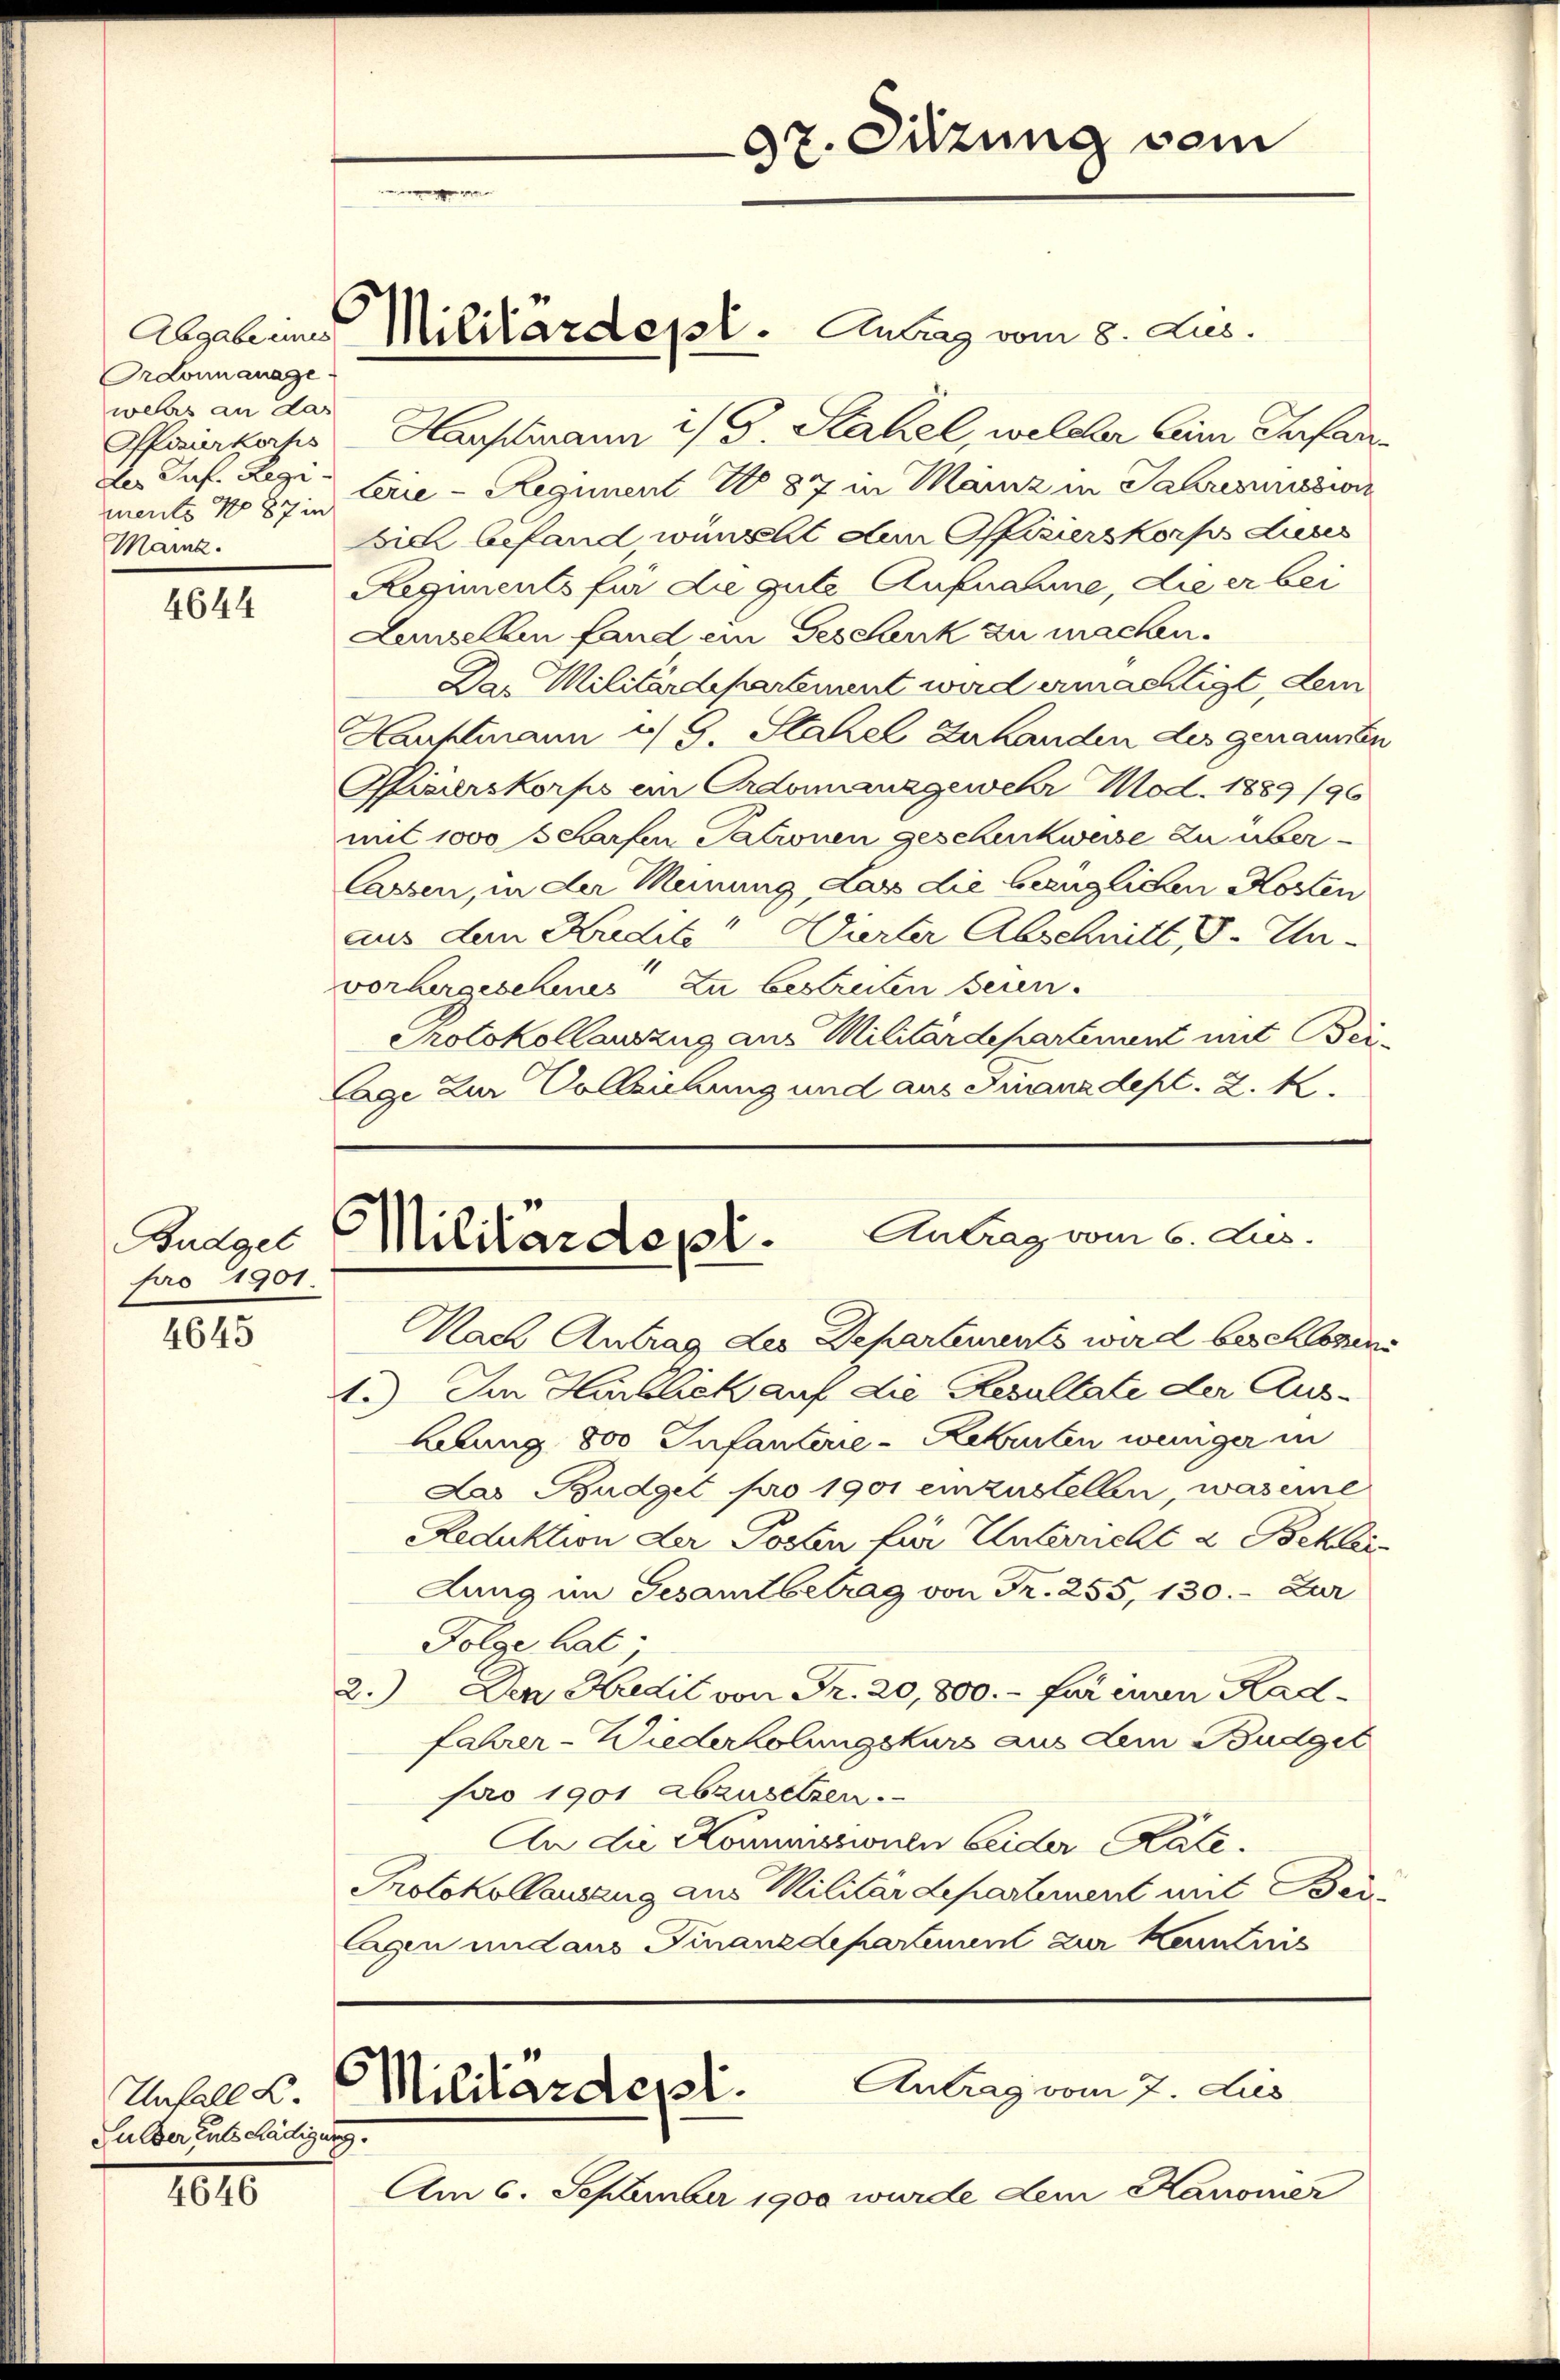
Ordonnanage.
wehrs an das
Ofizierkorps
des Ruf. Regi¬
Marz.

4644

pro 1901.

4645

Unfall B.
Gulder Entschädigung.

1010

Hauptmann i/ G. Stahel, welcher beim Infanments No 87 in Frie-Regiment No 87 in Mainz in Jahresiission
sich befand wünscht den Offizierskorps dieses
Regiments für die gute Aufnahme, die er bei
Lanzellen fand ein Geschenk zu machen.
Das Militärdepartement wird ermächtigt, dem
Hauptmann u. G. Stahel Zuhanden des genannten
Offizierskorps ein Ordonnanzgewehr Mod. 1889/90
mit 1000 s Charfen Patronen geschickweise zu über
lassen, in der Meinung, Lass die bezüglichen Kosten
aus dem Kredits! Wierter Abschnitt, I. In
vorhergeschens zu bestreiten seien.
Protokollauszug aus Militärdepartement mit Bei-
Lage zur Volleichung und aus Finanzdept. 2. k.

Abgab einer Militärdept. Antrag vom 8. Jus.

97. Sitzung sein

Budget Militärdept. Antrag vom 6. Jus

Antrag vom 7. Jus
Militärdepl.

Nach Antrag des Departements wird beschlzins
Im Herblick auf die Resultate der Aus¬
.)
Abung 800 Infanterie-Rekruten weniger in
Las Budget pro 1901 einzustellen, was eine
Reduktion der Posten hier Unterricht & Beklei
dung im Gesamtbetrag von Fr. 255, 130. - Zur
Folge hat.
2.) Den Kredit von Fr. 20,800.- für einen Radfahrer-Wiederholungskurs aus dem Budget
pro 1901 abzusetzen.
An die Kommissionen beider Kate¬
Protokollausung aus Militärdepartement mit Beilagen und aus Finanzdepartement zur Kenntnis

Am 6. September 1900 wurde dem Kanonier